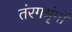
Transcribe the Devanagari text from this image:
तंरगश्रृंगों